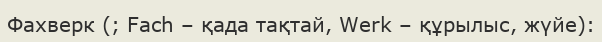
Фахверк (; Fach – қада тақтай, Werk – құрылыс, жүйе):